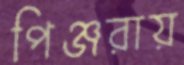
পিঞ্জরায়